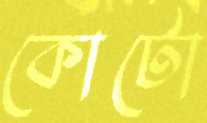
কোটো